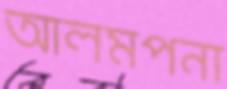
আলমপনা